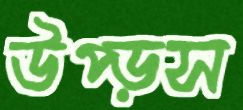
উপ্‌ড়স